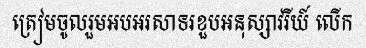
ត្រៀមចូលរួមអបអរសាទរខួបអនុស្សាវរីយ៍ លើក